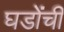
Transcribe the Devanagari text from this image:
घडोंची